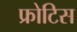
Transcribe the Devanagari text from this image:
फ्रोटिस